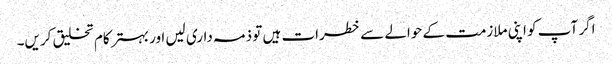
اگر آپ کو اپنی ملازمت کے حوالے سے خطرات ہیں تو ذمہ داری لیں اور بہتر کام تخلیق کریں۔